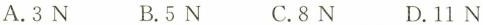
A.3N B.5N C.8N D.11N